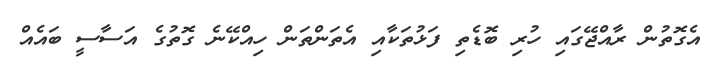
އެގޮތުން ރާއްޖޭގައި ހުރި ބޮޑެތި ފަޅުތަކާއި އެތަންތަން ހިއްކޭނެ ގޮތުގެ އަސާސީ ބައެއް